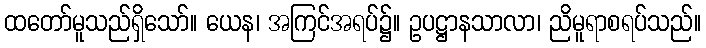
ထတော်မူသည်ရှိသော်။ ယေန၊ အကြင်အရပ်၌။ ဥပဋ္ဌာနသာလာ၊ ညိမူရာစရပ်သည်။